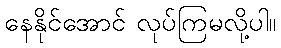
နေနိုင်အောင် လုပ်ကြမလို့ပါ။